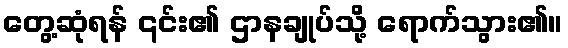
တွေ့ဆုံရန် ၎င်း၏ ဌာနချုပ်သို့ ရောက်သွား၏။